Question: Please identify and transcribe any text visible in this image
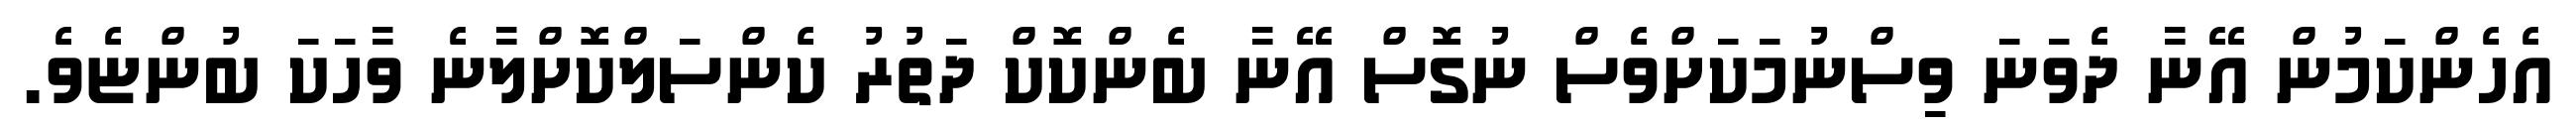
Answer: އެހެންކަމުން އޭނާ ދެވަނަ ވިސްނުމަކަށްވެސް ނުގޮސް އޭނާ ބެންކޮކް ދަތުރު ކެންސަލްކޮށްލާނެ ވާހަކަ ބުންޏެވެ.